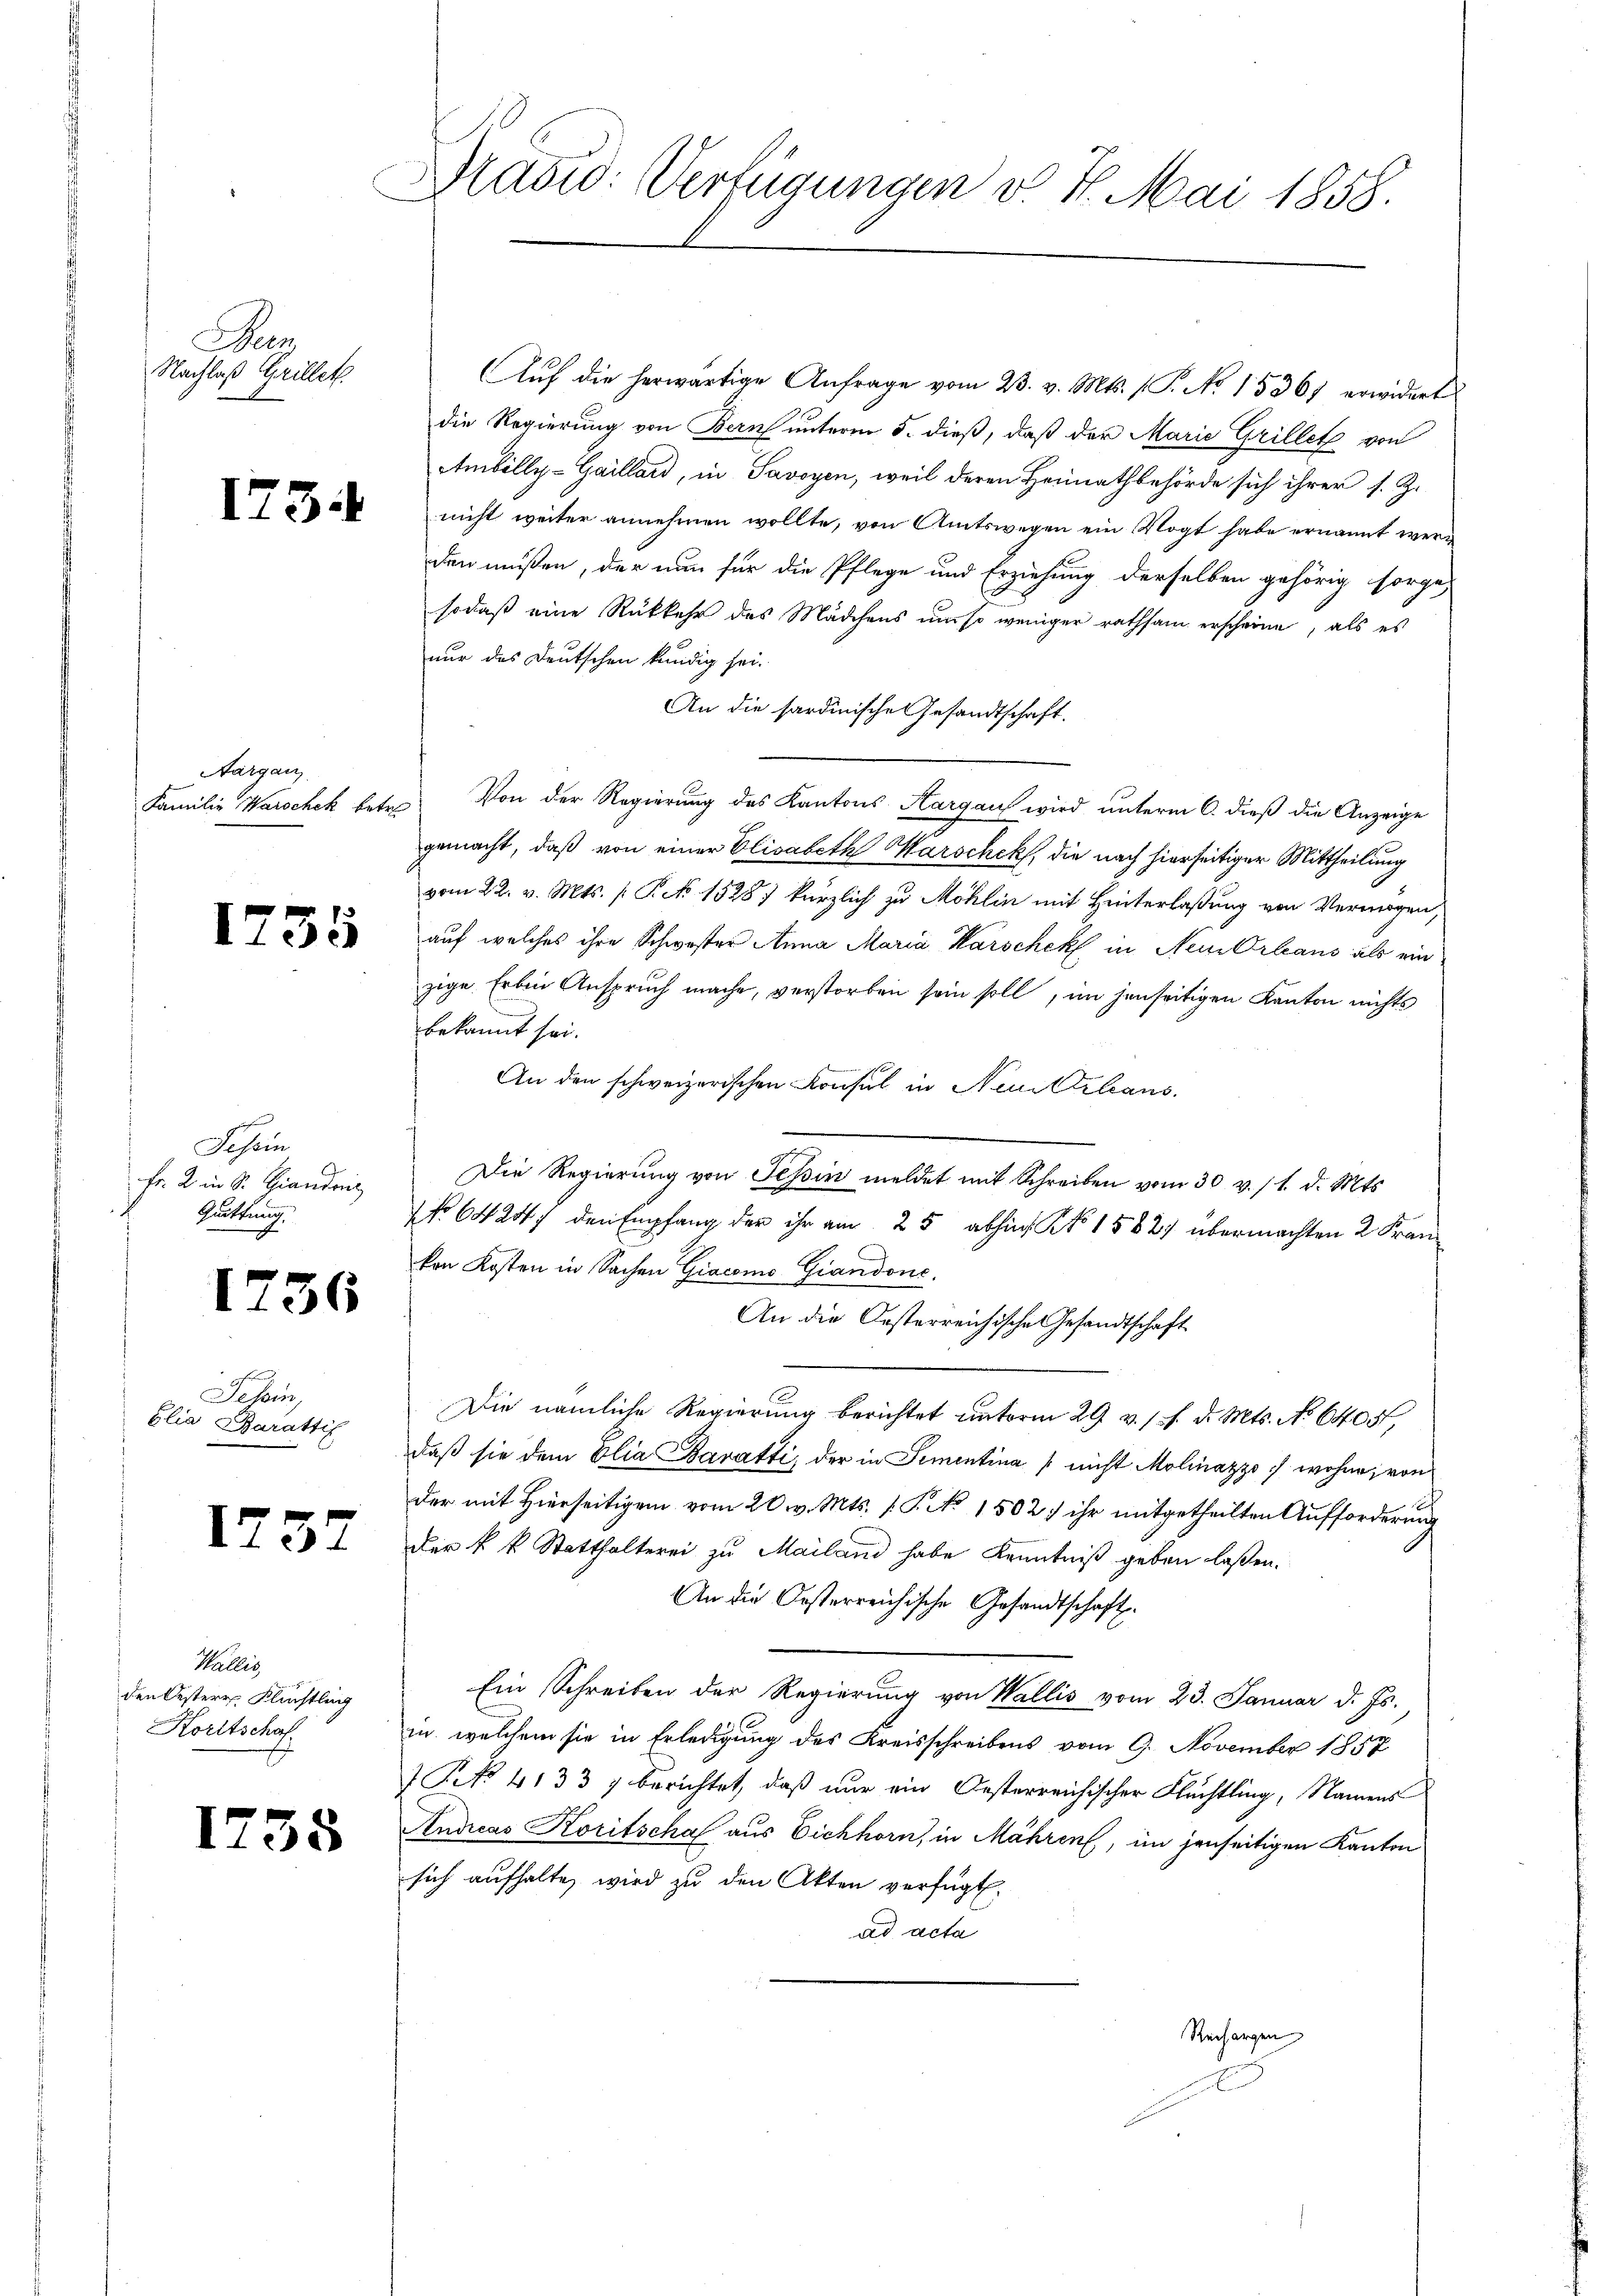
Hen
Nachlaß Grillet.

175

Aargau.
Familie Warschek betre

1735

Schein
Fr. 2 in Sr. Hiendri
Quittung.

1736

Schen
blia Baratif

1737

Wallis,
den Oestere Flüchtling
Koritschaf

1738

Brasio: Verfügungen v. 7. Mai 1858.

Aŭf die herwärtige Anfrage vom 23. v. Mts. (T. No 1536) erwidert
die Regierung von Bern unterm 5. dieß, daß der Marie Grillet von
Ambilly-Gaillard, in Savoyen, weil deren Heimathbehörde sich ihrer s. Z.
nicht weiter annehmen wollte, von Amtswegen ein Vogt habe ernannt werd
den müßen, der nun für die Pflege und Erziehung derselben gehörig sorge
sodaß eine Rükkehr des Mädchens um so weniger rathsam erscheine, als es
nur das Deutschen kundig sei.
An die sardinische Gesandtschaft.
Von der Regierung des Kantons Aargau wird unterm 6. dieß die Anzeige
gemacht, daß von einer Elisabeth Warschek, die nach hierseitiger Mittheilung
vom 22. v. Mts. / Pct. 1528 kürzlich zu Möhlin mit Hinterlassung von Vermögen,
auf welches ihre Schwester Anna Maria Karschek in Nein Orleans als ein
zige Erben Anspruch mache, verstorben sein soll, im jenseitigen Kanton nichts
bekannt sei.
An den schweizerischen Konsul in Neutrleans
Die Regierung von Tessin meldet mit Schreiben vom 30. v. 11. d. Mts.
NNo 64247 den Empfang der ihr am 25 abhin No 1582 übermachten 2 Frankon Kosten in Sachen Giacoms Grandone.
An die Oesterreichische Gesandtschaft
Die nämliche Regierung berichtet unterm 29 v. 11. d. Mts. No 6405,
daß sie dem Elia Baratti, der in Sementina (nicht Molinazzo, wohne, von
der mit Hierseitigen vom 20. v. Mts. f. P. No. 1502. ihr mitgetheilten Aufforderung
Der k. k. Statthalterei zu Mailand habe Kenntniß geben laßen.
An die Kosterreichische Gesandtschaft
Ein Schreiben der Regierung von Wallis vom 23. Januar d. Js.
in, welchem sie in Erledigung des Kreisschreibens vom 9. November 1857
 NNo. 4133, berichtet, daß nur ein Oesterreichischer Flüchtling, Namens
Andicas Koritschaf aus Eichhorn, in Mähren, im jenseitigen Kanton
sich aufhalte, wird zu den Akten verfügt.
ad acta
Rechargen